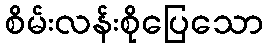
စိမ်းလန်းစိုပြေသော